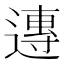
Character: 𨖇